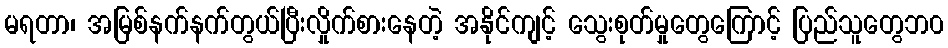
မရတာ၊ အမြစ်နက်နက်တွယ်ပြီးလှိုက်စားနေတဲ့ အနိုင်ကျင့် သွေးစုတ်မှုတွေကြောင့် ပြည်သူတွေဘ၀